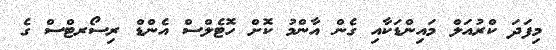
މިފަދަ ކްރުއަލް މައިންޑަކާއި ގެން އާންމު ކޮށް ހޮޓެލްސް އެންޑް ރިސޯރޓްސް ގެ